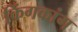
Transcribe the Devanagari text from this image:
किंगकांग